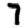
Digit: 7